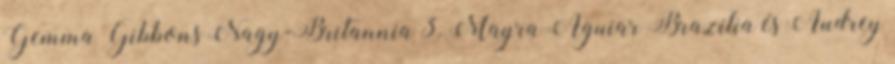
Gemma Gibbons Nagy-Britannia 3. Mayra Aguiar Brazília és Audrey